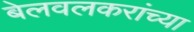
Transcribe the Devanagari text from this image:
बेलवलकरांच्या